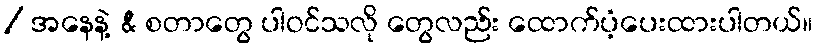
/ အနေနဲ့ & စတာတွေ ပါဝင်သလို တွေလည်း ထောက်ပံ့ပေးထားပါတယ်။